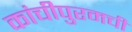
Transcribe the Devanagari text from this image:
कांचीपुरमची